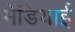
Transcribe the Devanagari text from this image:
मेडियाई